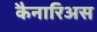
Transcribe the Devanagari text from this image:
कैनारिअस